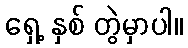
ရှေ့ နှစ် တွဲမှာပါ။